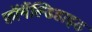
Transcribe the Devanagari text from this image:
फ़ॉर्मैल्डिहाइड